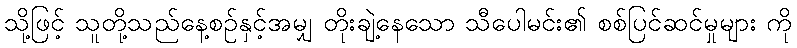
သို့ဖြင့် သူတို့သည်နေ့စဉ်နှင့်အမျှ တိုးချဲ့နေသော သီပေါမင်း၏ စစ်ပြင်ဆင်မှုများ ကို